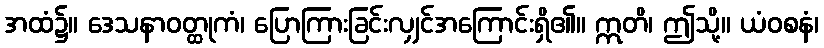
အထံ၌။ ဒေသနာဝတ္ထုကံ၊ ပြောကြားခြင်းလျှင်အကြောင်းရှိ၏။ ဣတိ၊ ဤသို့။ ယံဝစနံ၊